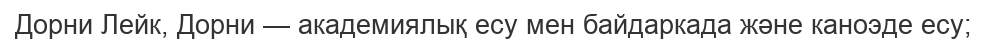
Дорни Лейк, Дорни — академиялық есу мен байдаркада және каноэде есу;